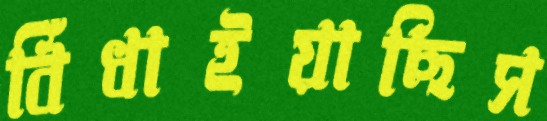
বিঁধাইয়াছিস